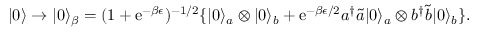
| 0 \rangle \rightarrow | 0 \rangle _ { \beta } = ( 1 + \mathrm { e } ^ { - \beta \epsilon } ) ^ { - 1 / 2 } \{ | 0 \rangle _ { a } \otimes | 0 \rangle _ { b } + \mathrm { e } ^ { - \beta \epsilon / 2 } a ^ { \dagger } { \tilde { a } } | 0 \rangle _ { a } \otimes b ^ { \dagger } { \tilde { b } } | 0 \rangle _ { b } \} .